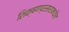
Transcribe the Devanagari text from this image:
शिक्षणप्रसारामधील